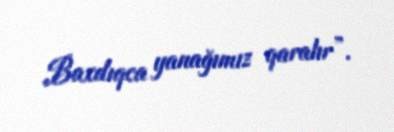
Baxdıqca yanağımız qaralır”.